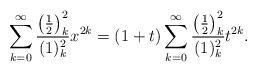
LaTeX: \begin{align*}\sum_{k=0}^{\infty} \frac{\left(\frac12\right)_k^2}{(1)_k^2}x^{2k}=(1+t) \sum_{k=0}^{\infty} \frac{\left(\frac12\right)_k^2}{(1)_k^2}t^{2k}.\end{align*}